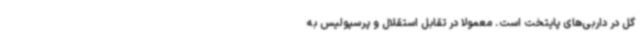
گل در داربی‌های پایتخت است. معمولا در تقابل استقلال و پرسپولیس به